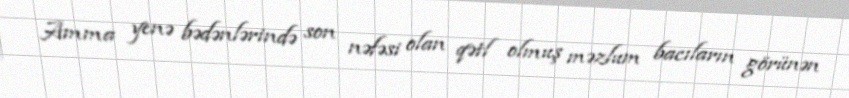
Amma yenə bədənlərində son nəfəsi olan qətl olmuş məzlum bacıların görünən